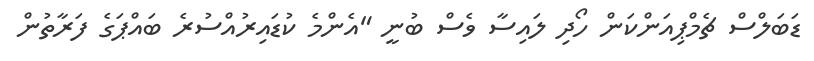
ޑަަބަލްސް ޗެމްޕިއަންކަން ހޯދި ލައިސާ ވެސް ބުނީ "އެންމެ ކުޑައިރުއްސުރެ ބައްޕަގެ ފަރާތުން